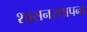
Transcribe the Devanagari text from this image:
शासनस्थापना